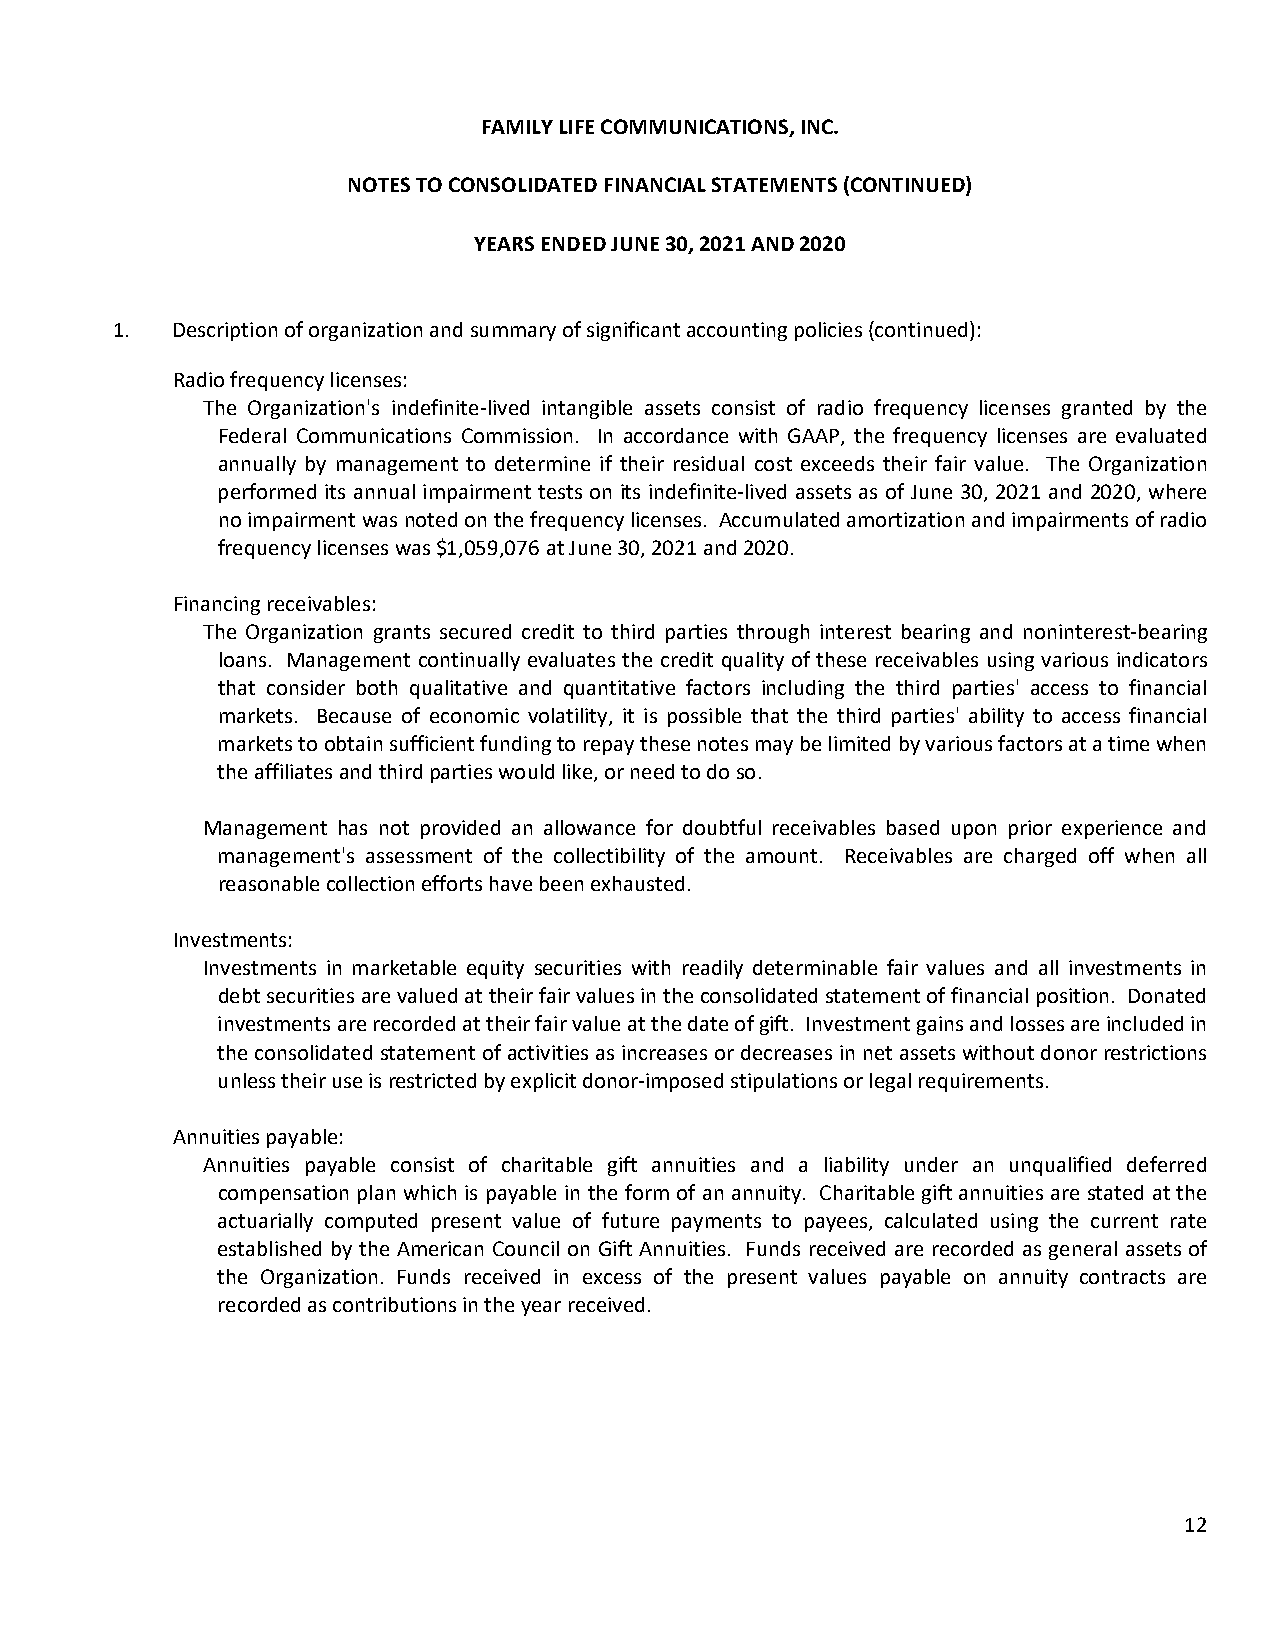
FAMILY LIFE COMMUNICATIONS, INC.
 NOTES TO CONSOLIDATED FINANCIAL STATEMENTS (CONTINUED)
 YEARS ENDED JUNE 30, 2021 AND 2020
 1.  Description of organization and summary of significant accounting policies (continued):
 Radio frequency licenses:
 The Organization's indefinite‐lived intangible assets consist of radio frequency licenses granted by the
 Federal Communications Commission. In accordance with GAAP, the frequency licenses are evaluated
 annually by management to determine if their residual cost exceeds their fair value. The Organization
 performed its annual impairment tests on its indefinite‐lived assets as of June 30, 2021 and 2020, where
 no impairment was noted on the frequency licenses. Accumulated amortization and impairments of radio
 frequency licenses was $1,059,076 at June 30, 2021 and 2020.
 Financing receivables:
 The Organization grants secured credit to third parties through interest bearing and noninterest‐bearing
 loans. Management continually evaluates the credit quality of these receivables using various indicators
 that consider both qualitative and quantitative factors including the third parties' access to financial
 markets. Because of economic volatility, it is possible that the third parties' ability to access financial
 markets to obtain sufficient funding to repay these notes may be limited by various factors at a time when
 the affiliates and third parties would like, or need to do so.
 Management has not provided an allowance for doubtful receivables based upon prior experience and
 management's assessment of the collectibility of the amount. Receivables are charged off when all
 reasonable collection efforts have been exhausted.
 Investments:
 Investments in marketable equity securities with readily determinable fair values and all investments in
 debt securities are valued at their fair values in the consolidated statement of financial position. Donated
 investments are recorded at their fair value at the date of gift. Investment gains and losses are included in
 the consolidated statement of activities as increases or decreases in net assets without donor restrictions
 unless their use is restricted by explicit donor‐imposed stipulations or legal requirements.
 Annuities payable:
 Annuities payable consist of charitable gift annuities and a liability under an unqualified deferred
 compensation plan which is payable in the form of an annuity. Charitable gift annuities are stated at the
 actuarially computed present value of future payments to payees, calculated using the current rate
 established by the American Council on Gift Annuities. Funds received are recorded as general assets of
 the Organization. Funds received in excess of the present values payable on annuity contracts are
 recorded as contributions in the year received.
 12